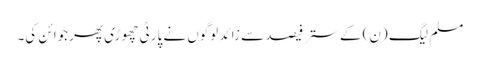
مسلم لیگ (ن) کے ستر فیصد سے زائد لوگوں نے پارٹی چھوڑی پھرجوائن کی۔